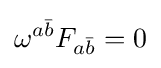
\omega ^{a{\bar {b}}}F_{a{\bar {b}}}=0